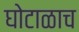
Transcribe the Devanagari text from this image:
घोटाळाच